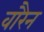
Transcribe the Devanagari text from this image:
वारैन